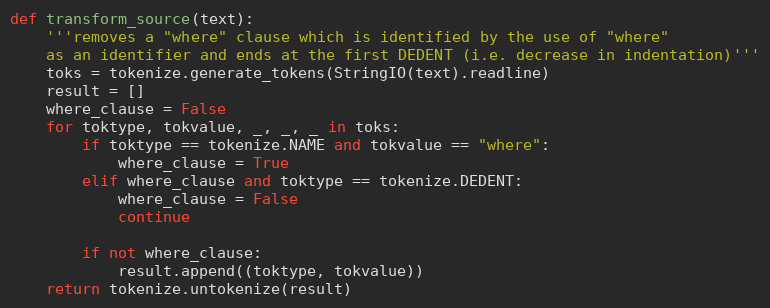
Language: Python
def transform_source(text):
    '''removes a "where" clause which is identified by the use of "where"
    as an identifier and ends at the first DEDENT (i.e. decrease in indentation)'''
    toks = tokenize.generate_tokens(StringIO(text).readline)
    result = []
    where_clause = False
    for toktype, tokvalue, _, _, _ in toks:
        if toktype == tokenize.NAME and tokvalue == "where":
            where_clause = True
        elif where_clause and toktype == tokenize.DEDENT:
            where_clause = False
            continue

        if not where_clause:
            result.append((toktype, tokvalue))
    return tokenize.untokenize(result)